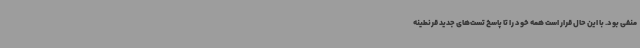
منفی بود. با این حال قرار است همه خود را تا پاسخ تست‌های جدید قرنطینه